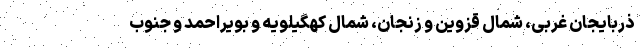
ذربایجان غربی، شمال قزوین و زنجان، شمال کهگیلویه و بویراحمد و جنوب